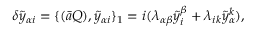
\delta \tilde { y } _ { \alpha i } = \{ ( \bar { a } Q ) , \tilde { y } _ { \alpha i } \} _ { 1 } = i ( \lambda _ { \alpha \beta } \tilde { y } _ { i } ^ { \beta } + \lambda _ { i k } \tilde { y } _ { \alpha } ^ { k } ) ,